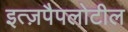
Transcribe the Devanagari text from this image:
इत्ज़पैपलोटील